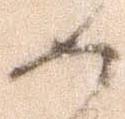
如